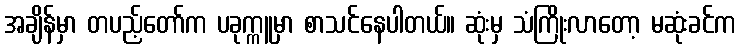
အချိန်မှာ တပည့်တော်က ပခုက္ကူမှာ စာသင်နေပါတယ်။ ဆုံးမှ သံကြိုးလာတော့ မဆုံးခင်က